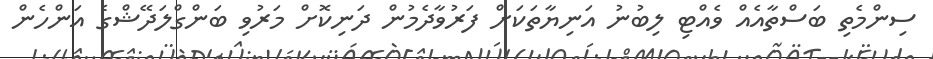
ސިންމެތި ބަސްތާއެއް ވެއްޓި ލިބުނު އަނިޔާތަކަށް ފަރުވާދެމުން ދަނިކޮށް މަރުވި ބަންގްލަދޭޝްގެ އަންހެން